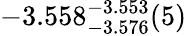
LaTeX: -3.558_{-3.576}^{-3.553}(5)